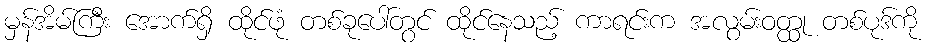
မှန်အိမ်ကြီး အောက်ရှိ ထိုင်ဖုံ တစ်ခုပေါ်တွင် ထိုင်နေသည့် ကာရင်းက အလွမ်းဝတ္ထု တစ်ပုဒ်ကို